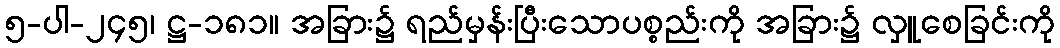
၅-ပါ-၂၄၅၊ ဋ္ဌ-၁၈၁။ အခြား၌ ရည်မှန်းပြီးသောပစ္စည်းကို အခြား၌ လှူစေခြင်းကို